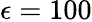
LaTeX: \epsilon=100